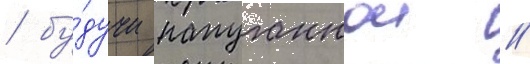
/ бу́дучи напуганнои /